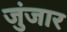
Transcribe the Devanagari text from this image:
जुंजार